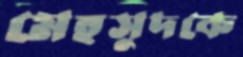
মেহসুদকে